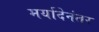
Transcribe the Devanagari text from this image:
मर्यादेनंतर